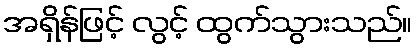
အရှိန်ဖြင့် လွင့် ထွက်သွားသည်။